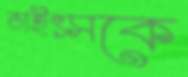
ভাইৎসকে